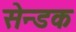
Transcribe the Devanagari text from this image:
सेन्डक